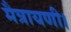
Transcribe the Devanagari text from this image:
मैत्रायणी।